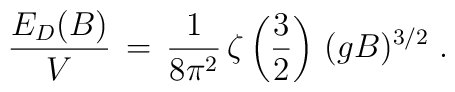
\frac{E_D (B)}{V} \, = \, \frac{1}{8 \pi^2} \, \zeta\left( \frac{3}{2} \right) \, (gB)^{3/2} \; .